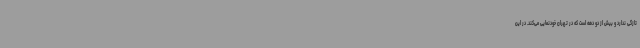
تازگی ندارد و بیش از دو دهه است که در تهران خودنمایی می‌کند. در این